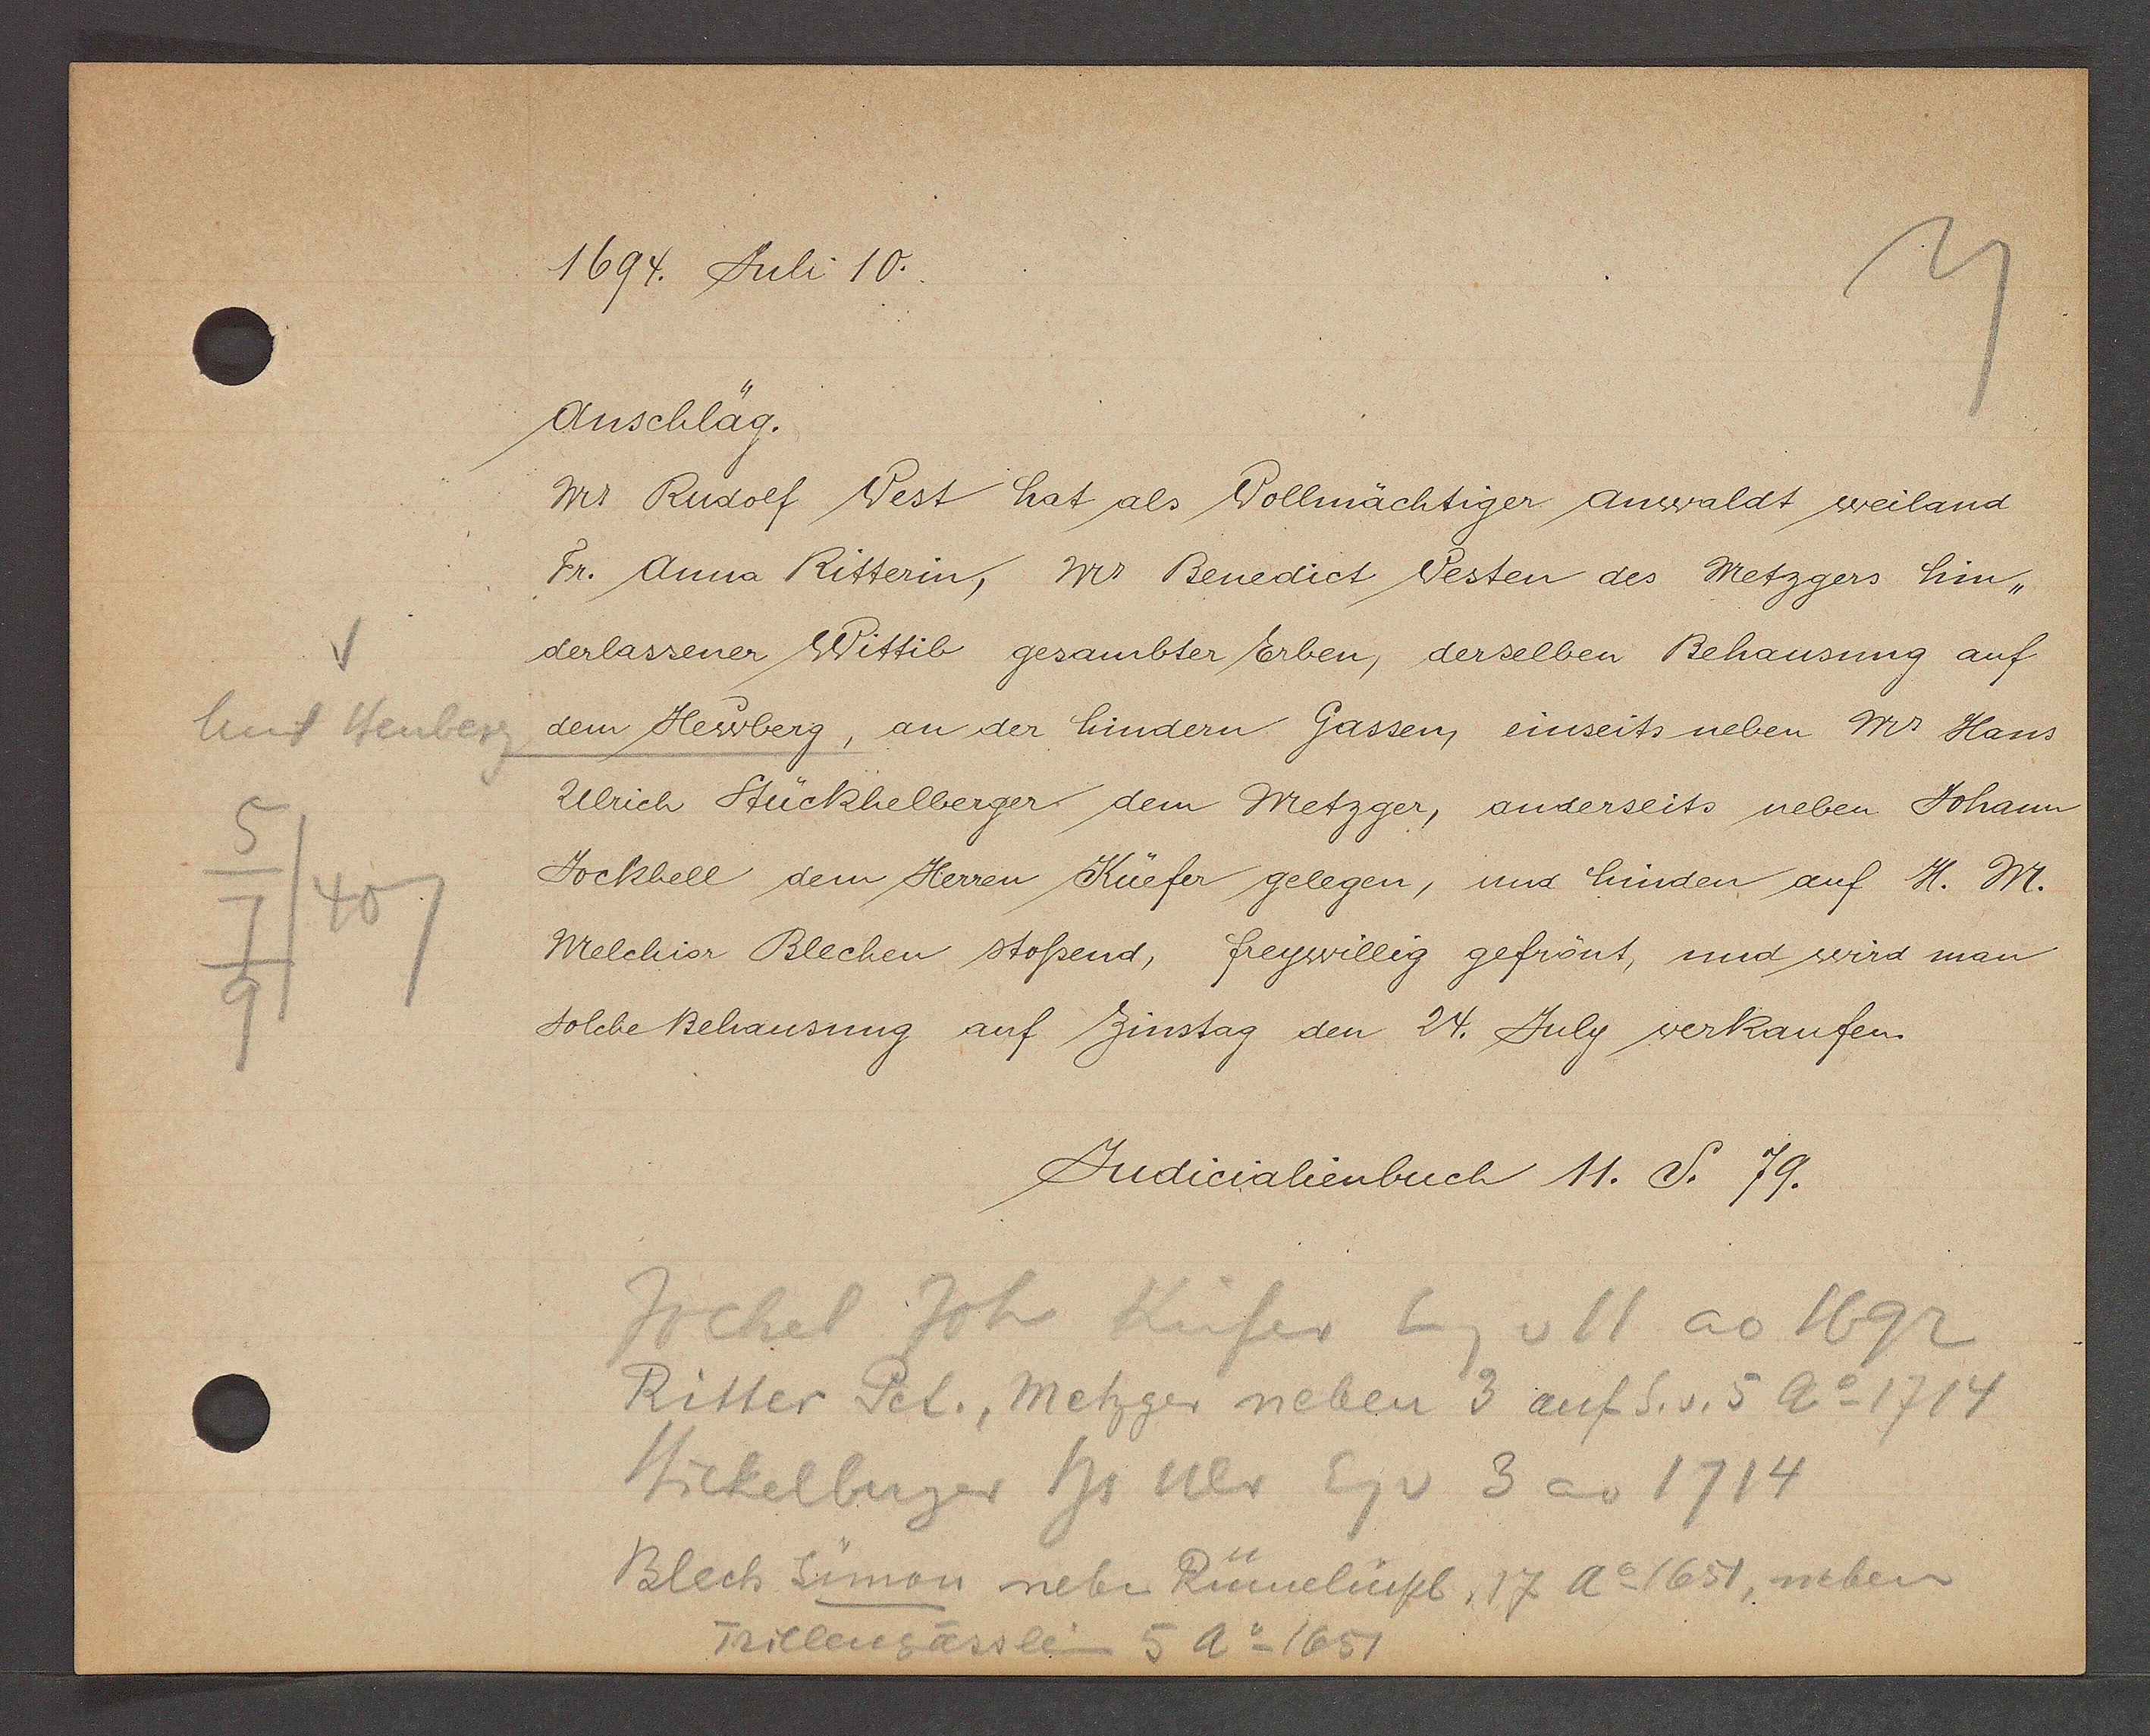
Transcript:
Unt Heuberg
5
407
7
9

1694. Juli 10.

Anschläg.
Mr. Rudolf West hat als Vollmächtiger Anwaldt weiland
Fr. Anna Ritterin, Mr Benedict Vesten des Metzgers hin¬
derlassener Wittib gesambter Erben, derselben Behausung auf
dem Hewberg, an der hindern Gassen, einseits neben Mr Hans
Ulrich Stückhelberger dem Metzger, anderseits neben Johann
Jockhell dem Herren Küefer gelegen, und hinden auf H. Mr.
Melchior Blechen stossend, freywillig gefrönt, und wird man
solche Behausung auf Zinstag den 24. July verkaufen.

Judicialienbuch 11. S. 79.

Jochel Joh Küfer Eig v 11 ao 1692
Ritter Pel., Metzger neben 3 auf S. v. 5 Ao 1714
Stickelberger hs Ulr Eig v 3 ao 1714
Blech Simon neben Rümelinpl. 17 Ao 1651, neben
Trillengässlein 5 Ao 1651